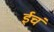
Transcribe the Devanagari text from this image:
ईचं